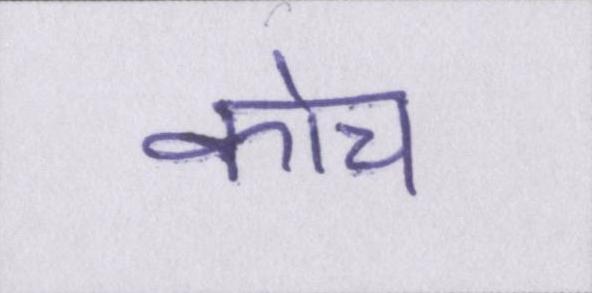
कोच